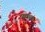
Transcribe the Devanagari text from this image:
स्‍थाल